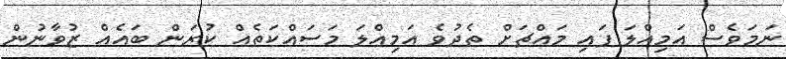
ނަމަވެސް އަމިއްލަ ފައި މައްޗަށް ތެދުވެ އަމިއްލަ މަސައްކަތެއް ކުރަން ބައެއް ޒުވާނުން